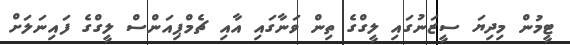
ޓީމުން މިދިޔަ ސީޒަނުގައި ލީގްގެ ތިން ވަނާގައި އާއި ޗެމްޕިއަންސް ލީގްގެ ފައިނަލަށް